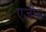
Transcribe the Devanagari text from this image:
एजीस